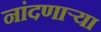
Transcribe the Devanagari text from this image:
नांदणाऱ्या